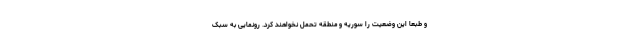
و طبعا این وضعیت را سوریه و منطقه تحمل نخواهند کرد. رونمایی به سبک